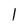
Character: l